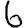
Digit: 6